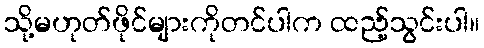
သို့မဟုတ်ဖိုင်များကိုတင်ပါက ထည့်သွင်းပါ။